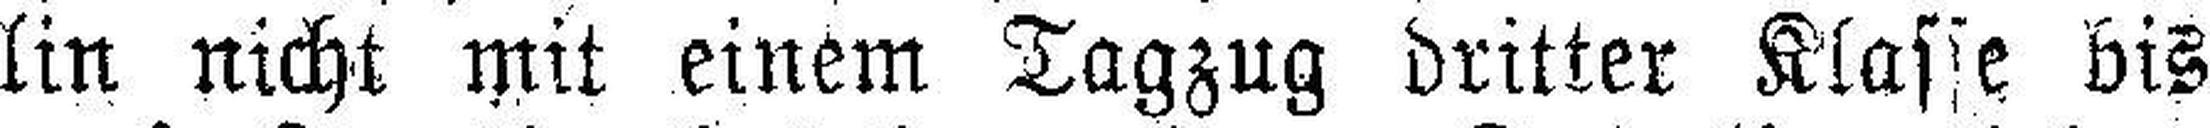
lin nicht mit einem Tagzug dritter Klasse bis